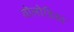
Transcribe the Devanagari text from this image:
वोलोडिया